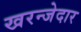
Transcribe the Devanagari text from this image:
खरन्जेदार